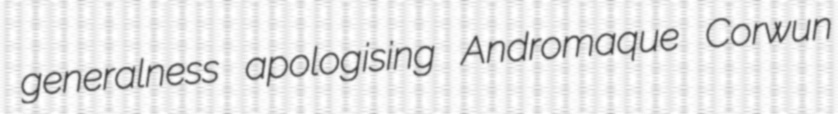
generalness apologising Andromaque Corwun